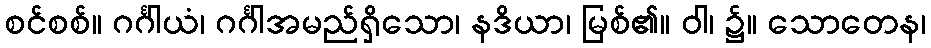
စင်စစ်။ ဂင်္ဂါယံ၊ ဂင်္ဂါအမည်ရှိသော၊ နဒိယာ၊ မြစ်၏။ ဝါ၊ ၌။ သောတေန၊